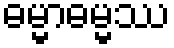
ဓမ္မာဓမ္မဿ